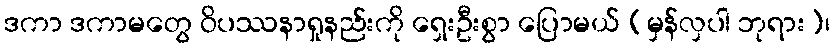
ဒကာ ဒကာမတွေ ဝိပဿနာရှုနည်းကို ရှေးဦးစွာ ပြောမယ် (မှန်လှပါ ဘုရား)၊